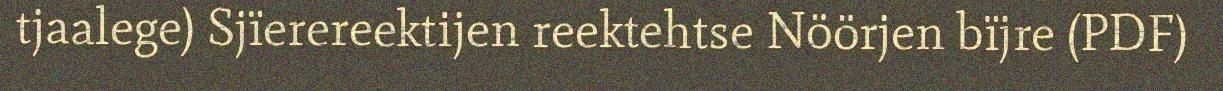
tjaalege) Sjïerereektijen reektehtse Nöörjen bïjre (PDF)